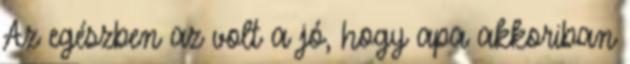
Az egészben az volt a jó, hogy apa akkoriban